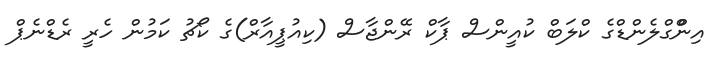
އިންްގްލެންޑްގެ ކްލަބް ކުއީންސް ޕާކް ރޭންޖާސް (ކިއުޕީއާރް)ގެ ކޯޗު ކަމުން ހެރީ ރެޑްނެޕް